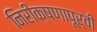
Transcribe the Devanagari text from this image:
निरीक्षणापूर्वी